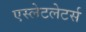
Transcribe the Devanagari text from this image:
एस्लेटलेटर्स